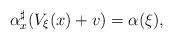
LaTeX: \begin{align*}\alpha^\sharp_x(V_\xi(x)+v)=\alpha(\xi),\end{align*}